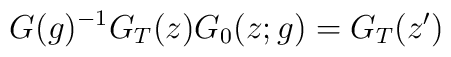
G(g)^{-1}G_{T}(z)G_{0}(z;g)=G_{T}(z^{\prime})